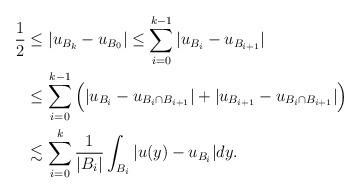
LaTeX: \begin{align*}\frac{1}{2}&\leq |u_{B_k}-u_{B_0}|\leq \sum_{i=0}^{k-1}|u_{B_i}-u_{B_{i+1}}|\\&\leq \sum_{i=0}^{k-1}\Big(|u_{B_i}-u_{B_i\cap B_{i+1}}|+ |u_{B_{i+1}}-u_{B_i\cap B_{i+1}}|\Big)\\&\lesssim \sum_{i=0}^k \frac{1}{|B_i|}\int_{B_i}|u(y)-u_{B_i}|dy.\end{align*}